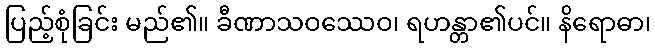
ပြည့်စုံခြင်း မည်၏။ ခီဏာသဝဿေဝ၊ ရဟန္တာ၏ပင်။ နိရောဓာ၊